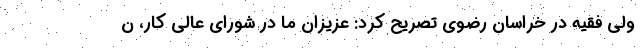
ولی فقیه در خراسان رضوی تصریح کرد: عزیزان ما در شورای عالی کار، ن